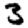
Digit: 3